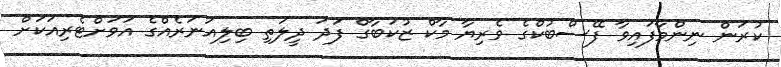
ކުރަން ނިންމާފައިވާ ފޭސްބުކްގެ ވެރިޔާ މާކް ޒުކަބާގް ފަދަ ދީލަތި ބިލިއަނަރެއްގެ އަވަށްޓެރިއަކަށް